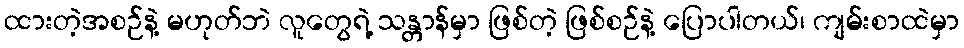
ထားတဲ့အစဉ်နဲ့ မဟုတ်ဘဲ လူတွေရဲ့ သန္တာန်မှာ ဖြစ်တဲ့ ဖြစ်စဉ်နဲ့ ပြောပါတယ်၊ ကျမ်းစာထဲမှာ